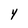
Character: Y